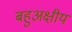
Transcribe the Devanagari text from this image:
बहुअक्षीय